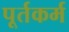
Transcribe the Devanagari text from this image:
पूर्तकर्म